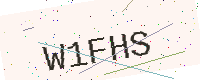
Text: W1FHS